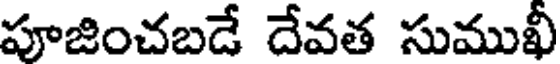
పూజించబడే దేవత సుముఖీ